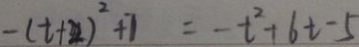
- ( t + 2 ) ^ { 2 } + 7 = - t ^ { 2 } + 6 t - 5